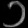
Digit: ၁